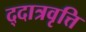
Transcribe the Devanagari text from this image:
द्दात्रवृत्ति